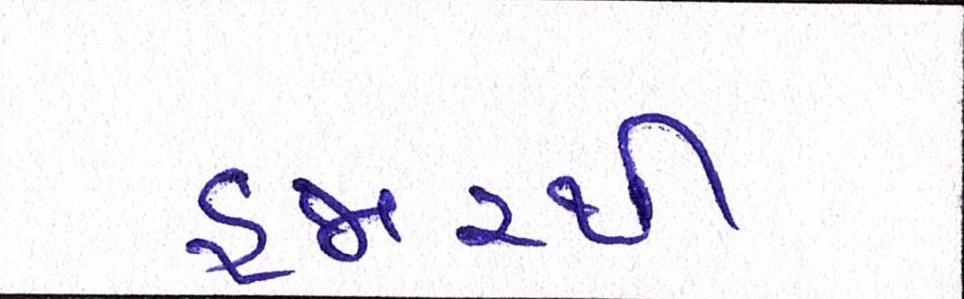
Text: હજારથી